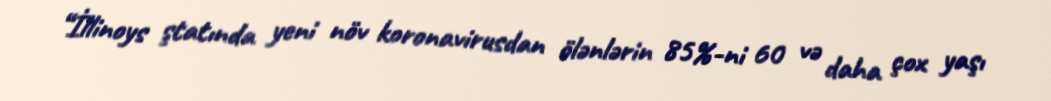
“İllinoys ştatında yeni növ koronavirusdan ölənlərin 85%-ni 60 və daha çox yaşı